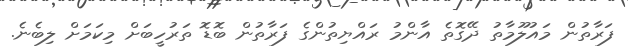
ފަރާތުން މައުލޫމާތު ދޭގޮތެ އާންމު ރައްޔިތުންގެ ފަރާތުން ބޮޑޮ ތަރުހީބަށް މިކަމަށް ލިބެނެ.